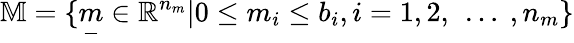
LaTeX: \mathbb{M}=\{ \underset{-}{m}\in\mathbb{R}^{n_{m}}|0\leq m_{i}\leq b_{i},i=1,2,\mathrm{~\ldots~},n_{m}\}